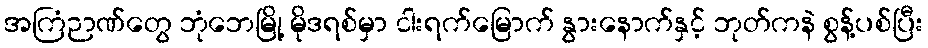
အကြံဉာဏ်တွေ ဘုံဘေမြို့ မိုဒရစ်မှာ ငါးရက်မြောက် နွားနောက်နှင့် ဘုတ်ကနဲ စွန့်ပစ်ပြီး